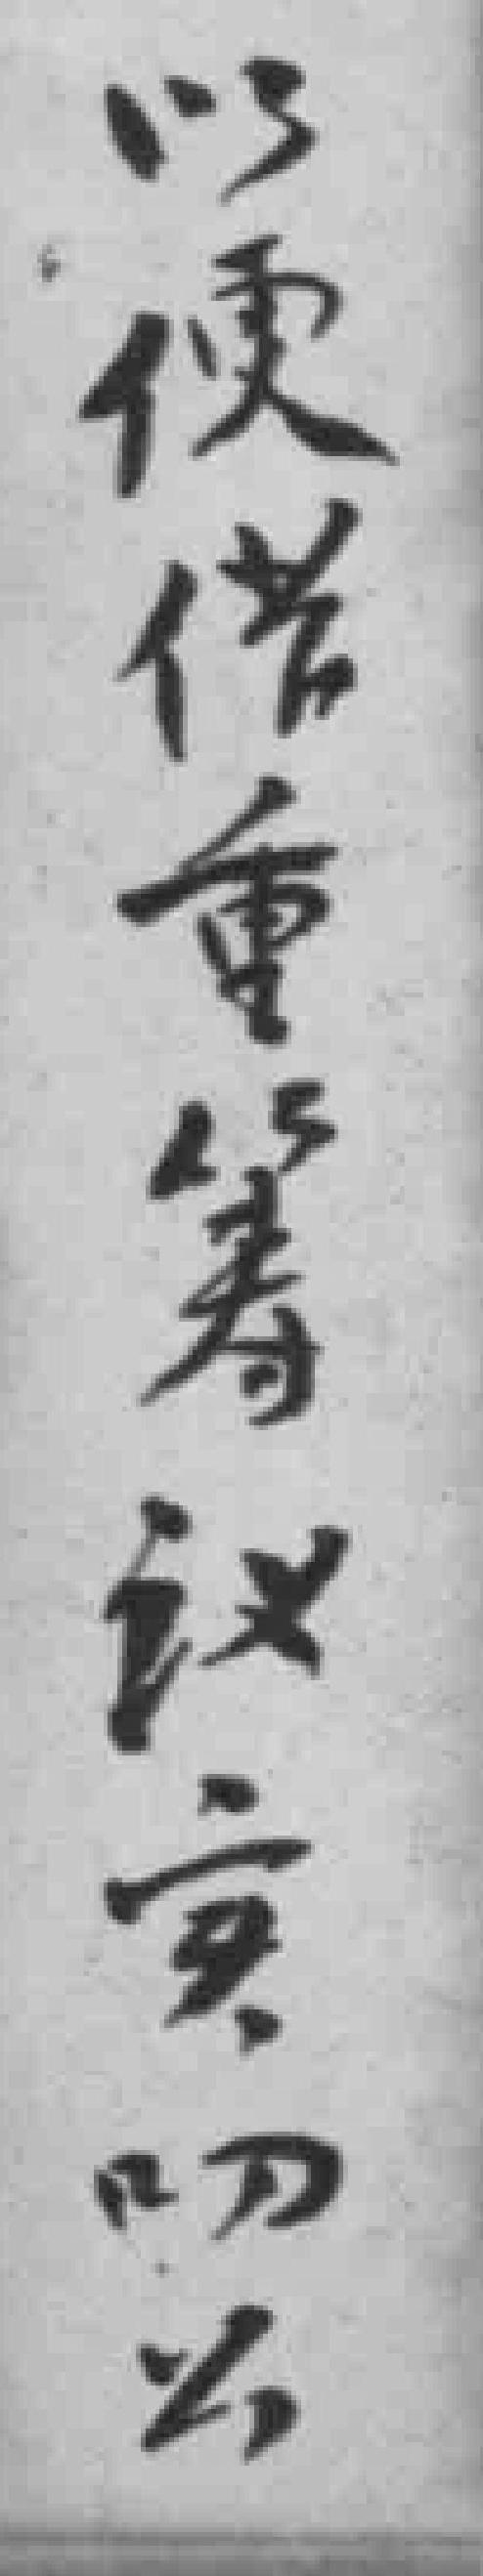
以便借重筹议实叨*